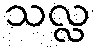
သလ္လ